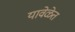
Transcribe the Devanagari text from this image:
यावेळेत